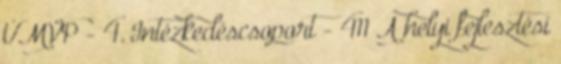
ÚMVP - 4. Intézkedéscsoport - 411 A helyi fejlesztési